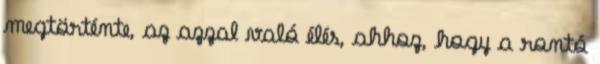
megtörténte, az azzal való élés, ahhoz, hogy a rontó